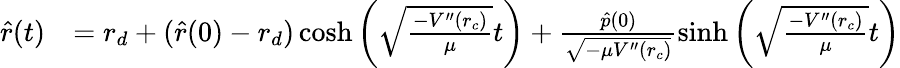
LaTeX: \begin{array}{rl}{{\hat{r}}(t)}&{=r_{d}+({\hat{r}}(0)-r_{d})\cosh\left(\sqrt{\frac{-V^{\prime\prime}(r_{c})}{\mu}}t\right)+\frac{{\hat{p}}(0)}{\sqrt{-\mu V^{\prime\prime}(r_{c})}}\sinh\left(\sqrt{\frac{-V^{\prime\prime}(r_{c})}{\mu}}t\right)}\end{array}